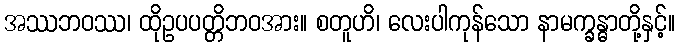
အဿဘဝဿ၊ ထိုဥပပတ္တိဘဝအား။ စတူဟိ၊ လေးပါကုန်သော နာမက္ခန္ဓာတို့နှင့်။